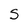
Character: S